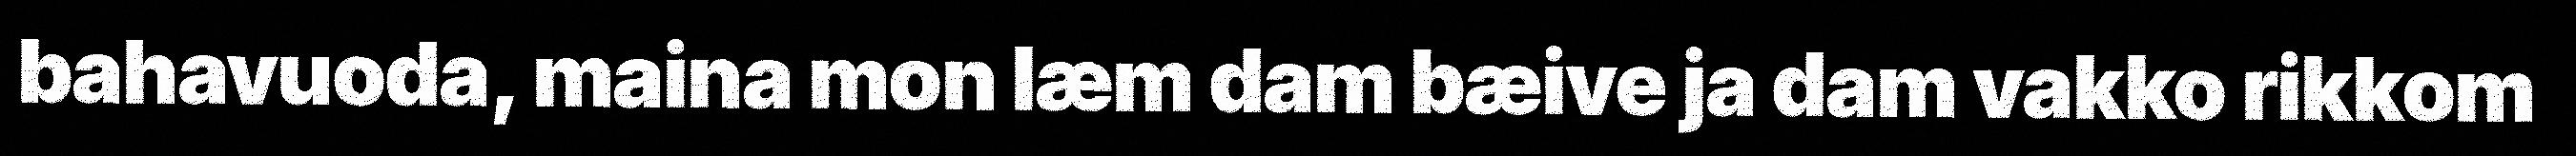
bahavuoda, maina mon læm dam bæive ja dam vakko rikkom